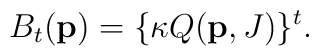
B_{t}({\bf p}) =  \{\kappa Q({\bf p}, J) \}^t.